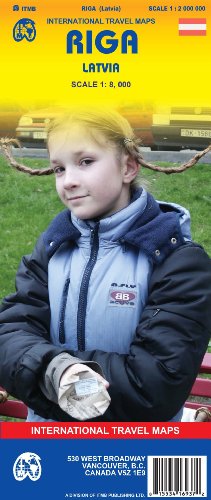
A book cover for Riga (Latvia) 1:8,000 Street Map (International Travel Maps); ITM Canada; Travel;